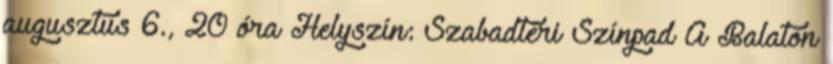
augusztus 6., 20 óra Helyszín: Szabadtéri Színpad A Balaton